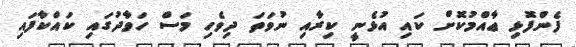
ފެންފޮޅި ޢާއްމުކޮށް ކައި އުޅެނީ ކިރާއި ނުވަތަ ދިވެހި މަސް ހަވާދުގައި ކައްކާފައި